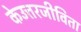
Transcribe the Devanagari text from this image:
केउत्तरजीविता